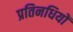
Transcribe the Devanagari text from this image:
प्रतिनधियों